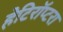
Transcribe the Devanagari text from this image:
हेटिरॉप्टरा